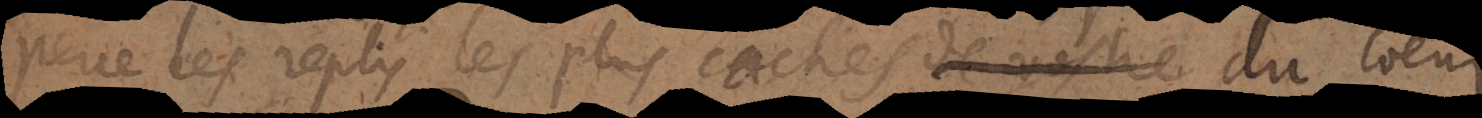
perce les replis les plus cachés de vostre coeur